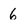
Character: 6